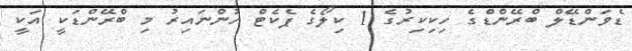
ޑެވަންޑޭލް ބްރޭންޑްގެ ހިކިކިރުގެ 1 ކިލޯގެ ޕެކެޓް ހުންނައިރު މި ބްރޭންޑަކީ އަކީ